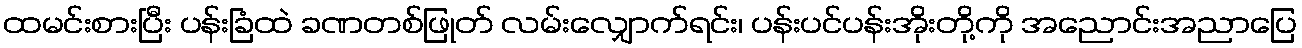
ထမင်းစားပြီး ပန်းခြံထဲ ခဏတစ်ဖြုတ် လမ်းလျှောက်ရင်း၊ ပန်းပင်ပန်းအိုးတို့ကို အညောင်းအညာပြေ